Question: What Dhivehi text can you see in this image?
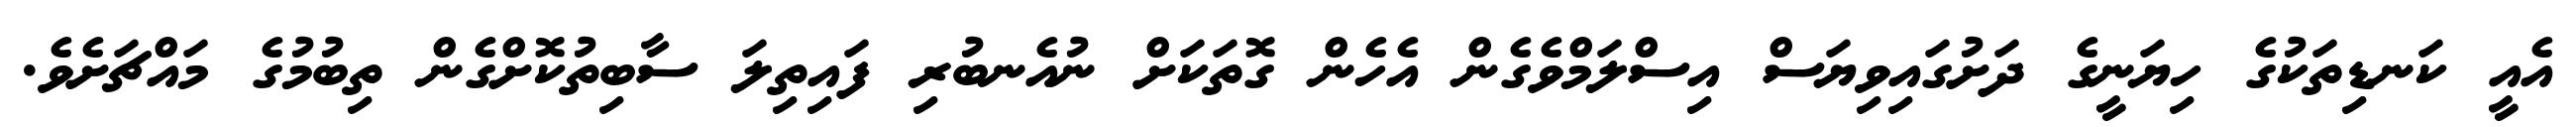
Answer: އެއީ ކަނޑިތަކުގެ ހިޔަނީގެ ދަށުގައިވިޔަސް އިސްލަމްވެގެން އެހެން ގޮތަކަށް ނުއެނބުރި ފައިތިލަ ސާބިތުކޮށްގެން ތިބުމުގެ މައްޗަށެވެ.